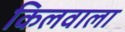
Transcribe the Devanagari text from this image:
किलवाला